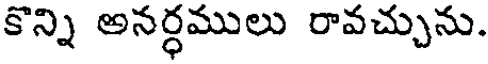
కొన్ని అనర్ధములు రావచ్చును.